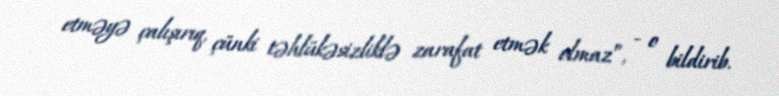
etməyə çalışırıq, çünki təhlükəsizliklə zarafat etmək olmaz”, - o bildirib.